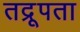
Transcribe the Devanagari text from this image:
तद्रूपता